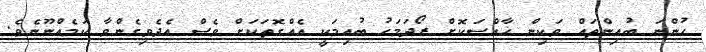
ހުންނަ ބުއިންތައް ވަކިން ޚާއްޞަކޮށް ރޯދަމަހު ބުއިމަކީ އެއްގޮތަކަށް ވެސް އެދެވިގެންވާ ކަމެއްނޫނެވެ.